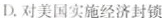
D.对美国实施经济封锁